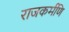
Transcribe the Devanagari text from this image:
राजकर्मणि